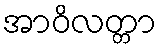
အာဝိလတ္တာ